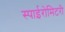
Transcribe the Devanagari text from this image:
स्पाईरोमिटरी